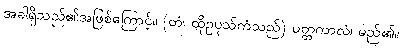
အခါရှိသည်၏အဖြစ်ကြောင့်။ (တံ၊ ထိုဥပုသ်ကံသည်) ပတ္တကာလံ၊ မည်၏။